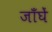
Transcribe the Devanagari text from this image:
जाँघें